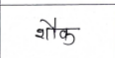
मजकूर: शौक